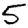
Digit: 5